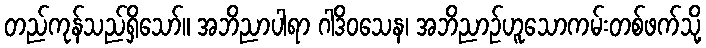
တည်ကုန်သည်ရှိသော်။ အဘိညာပါရာ ဂါဒိဝသေန၊ အဘိညာဉ်ဟူသောကမ်းတစ်ဖက်သို့